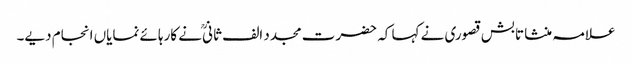
علامہ منشا تابش قصوری نے کہا کہ حضرت مجدد الف ثانیؒ نے کارہائے نمایاں انجام دیے۔